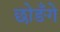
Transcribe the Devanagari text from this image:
छोङँगे